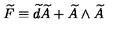
\widetilde { F } \equiv \widetilde { d } \widetilde { A } + \widetilde { A } \wedge \widetilde { A }